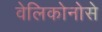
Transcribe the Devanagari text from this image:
वेलिकोनोसे